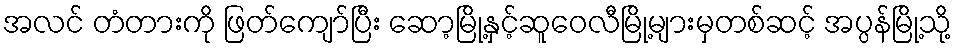
အလင် တံတားကို ဖြတ်ကျော်ပြီး ဆော့မြို့နှင့်ဆူဝေလီမြို့များမှတစ်ဆင့် အပ္ပန်မြို့သို့